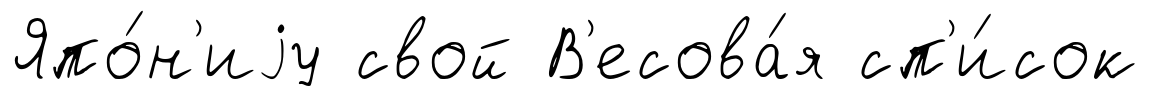
Япо́н'иjу свой В'есова́я сп'и́сок